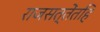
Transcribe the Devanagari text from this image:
राजसत्तेंतहि